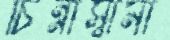
চিন্নাস্বামী